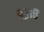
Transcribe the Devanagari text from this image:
९३१८